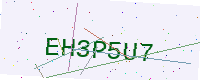
Text: EH3P5U7